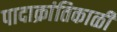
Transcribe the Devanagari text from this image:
पादाक्रांतिकाळी